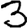
Digit: 3